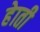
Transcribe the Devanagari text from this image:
हेाती